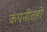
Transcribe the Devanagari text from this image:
कंपनीतही